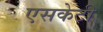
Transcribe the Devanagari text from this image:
एसकेटी